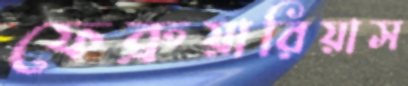
ফেব্রুয়ারিয়াস